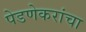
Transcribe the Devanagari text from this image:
पेडणेकरांचा